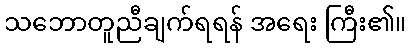
သဘောတူညီချက်ရရန် အရေး ကြီး၏။